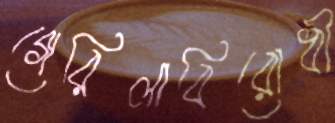
গেরিলাবিরোধী